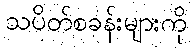
သပိတ်စခန်းများကို